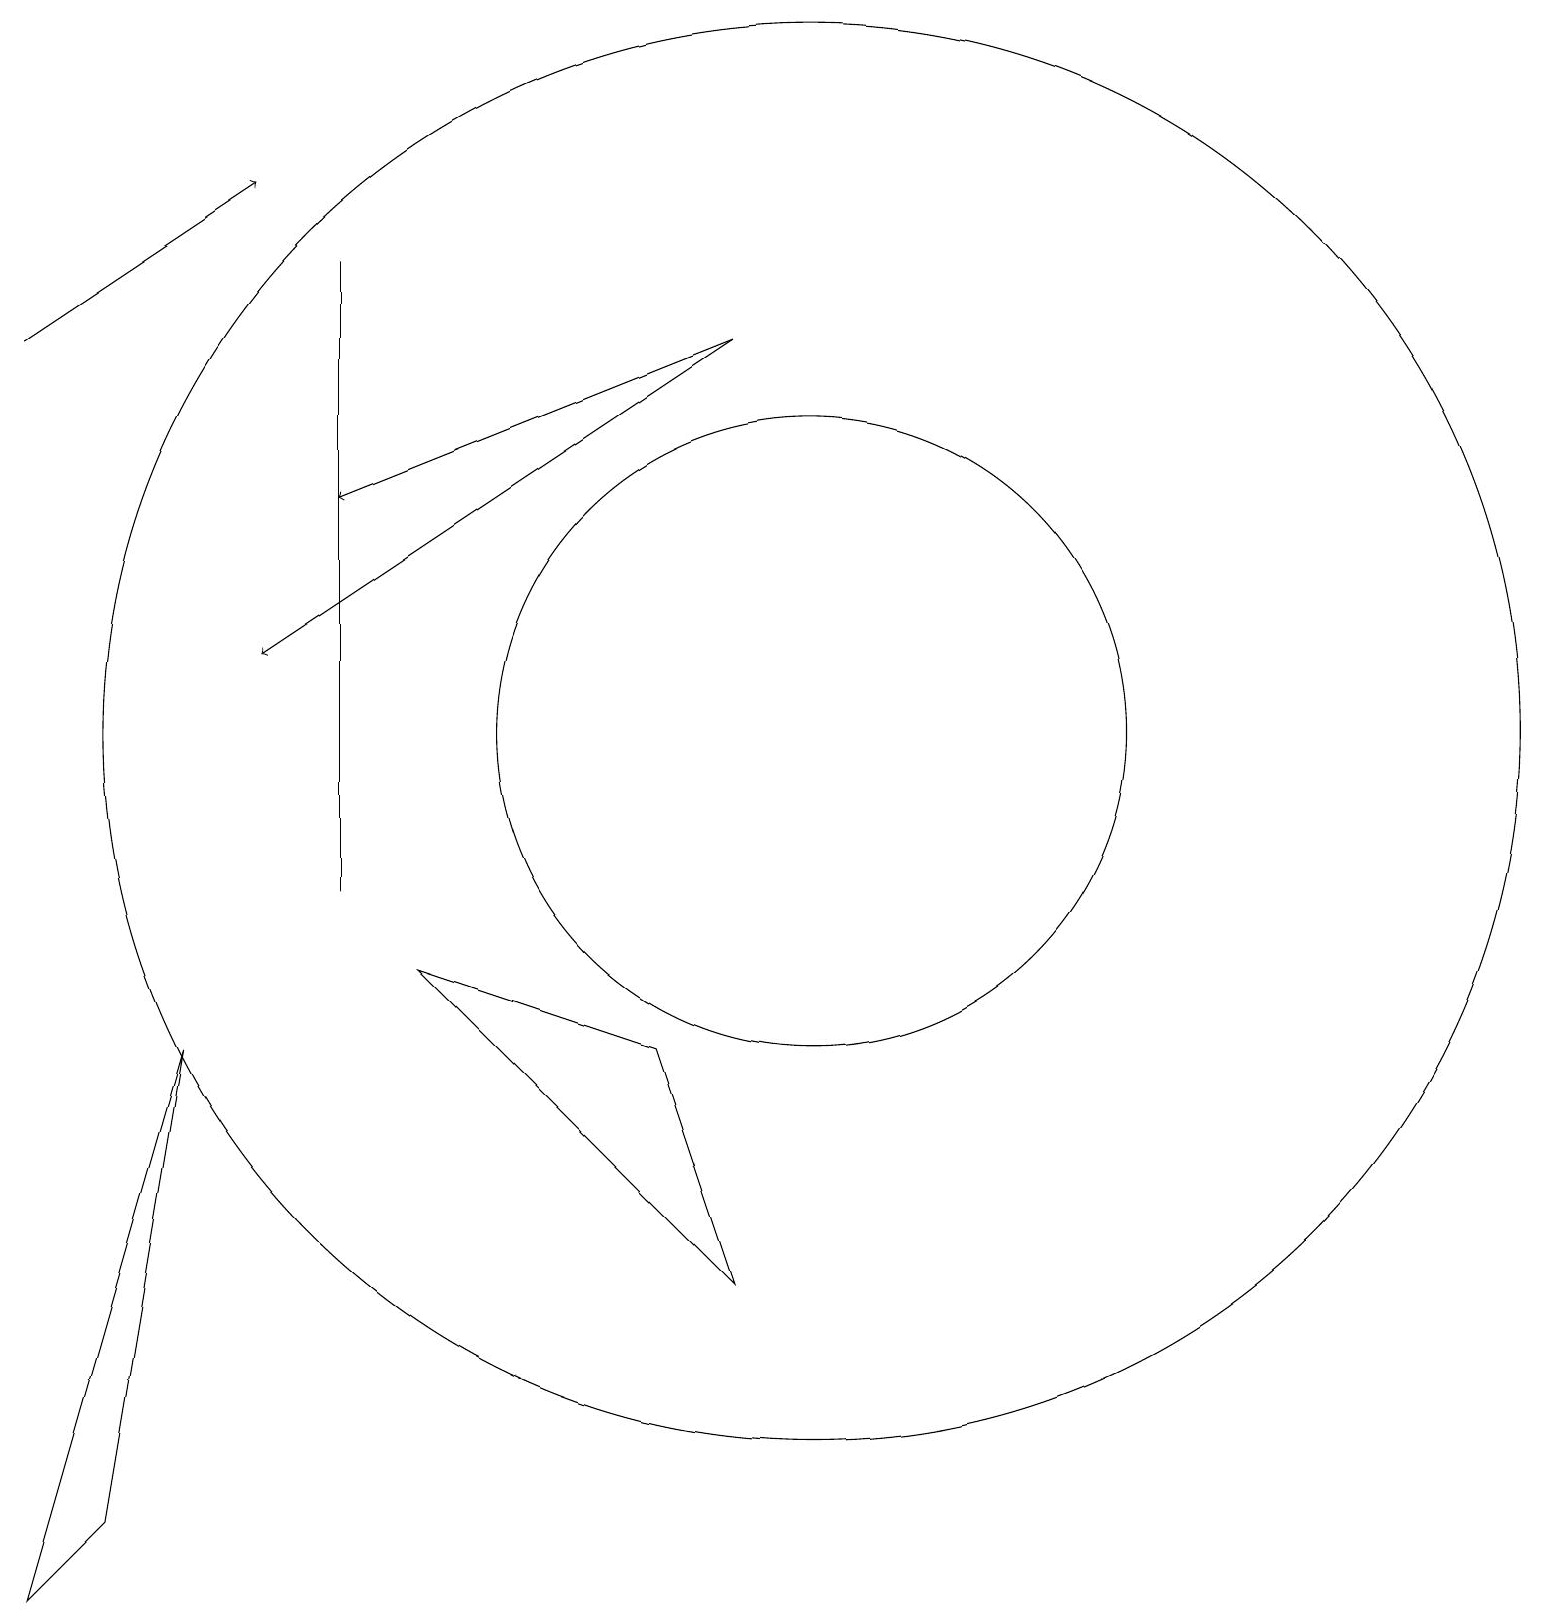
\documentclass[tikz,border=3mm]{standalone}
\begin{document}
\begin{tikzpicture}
\draw[->] (9,17) -- (3,13);
\draw (0,1) -- (2,8) -- (1,2) -- cycle;
\draw[->] (0,17) -- (3,19);
\draw (10,12) circle (4);
\draw (4,18) rectangle (4,10);
\draw (10,12) circle (9);
\draw[->] (9,17) -- (4,15);
\draw (8,8) -- (9,5) -- (5,9) -- cycle;
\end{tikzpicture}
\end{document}